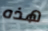
هذه